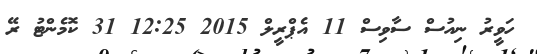
ހަވީރު ނިއުސް ސާވިސް 11 އެޕްރީލް 2015 12:25 31 ކޮމެންޓު ރޭ